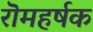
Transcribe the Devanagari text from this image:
रॊमहर्षक